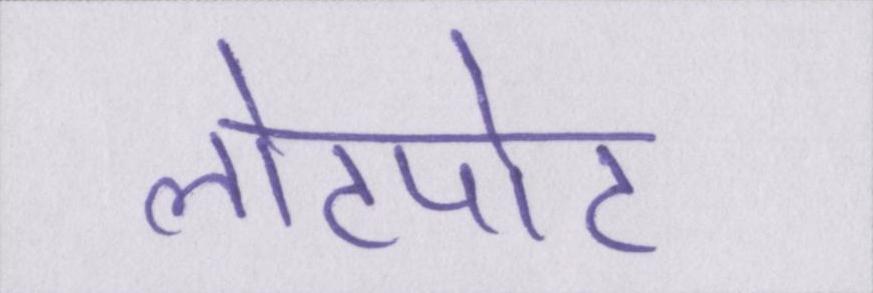
लोटपोट